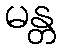
မန္တ